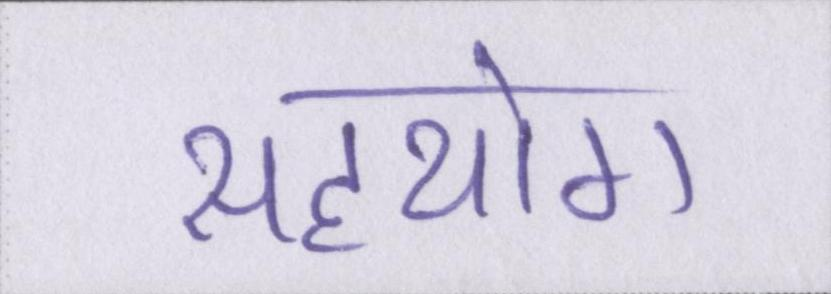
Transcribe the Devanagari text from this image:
सहयोग